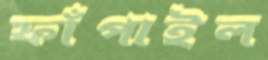
ফাঁপাইল